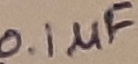
Text: 0.1µF